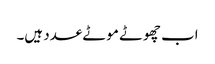
اب چھوٹے موٹے عدد ہیں۔